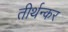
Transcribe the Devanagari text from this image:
तीर्थन्कर